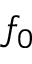
f _ { 0 }